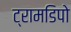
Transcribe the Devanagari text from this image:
ट्रामडिपो